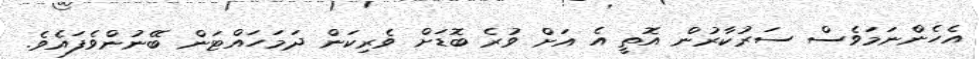
އެހެންނަމަވެސް ސަރުކާރުން އޮތީ އެ އަށް ވުރެ ބޮޑަށް ވެރިކަން ދަމަހައްޓަން ބޭނުންވެފައެވެ.